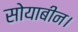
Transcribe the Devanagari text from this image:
सोयाबीन।